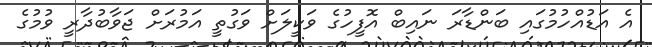
އެ އަޑުއްހުމުގައި ބަންޑާރަ ނައިބް އޮފީހުގެ ވަކީލަށް ވަގުތީ އަމުރަށް ޖަވާބުދާރީ ވުމުގެ